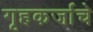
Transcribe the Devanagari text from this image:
गृहकर्जाचे